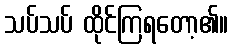
သပ်သပ် ထိုင်ကြရတော့၏။